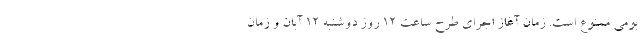
بومی ممنوع است. زمان آغاز اجرای طرح ساعت ۱۲ روز دوشنبه ۱۲ آبان و زمان